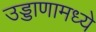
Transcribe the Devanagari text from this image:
उड्डाणामध्ये